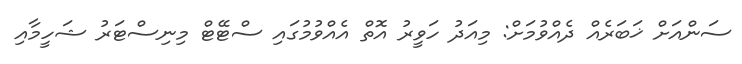
ސަންއަށް ޚަބަރެއް ދެއްވުމަށް: މިއަދު ހަވީރު އޮތް އެއްވުމުގައި ސްޓޭޓް މިނިސްޓަރު ޝަހީމާއި